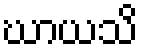
ဃာယသိ